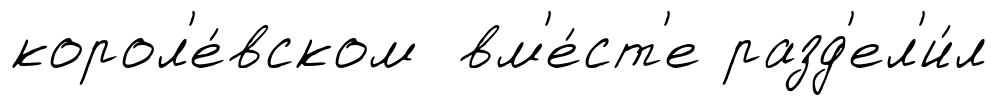
корол'е́вском вм'е́ст'е разд'ел'и́л